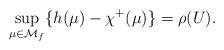
LaTeX: \begin{align*}\sup\limits_{\mu \in {\mathcal M}_f}\{h(\mu) - \chi^+(\mu)\} = \rho(U).\end{align*}